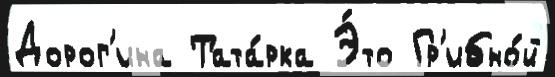
Дорог'ина Тата́рка Э́то Гр'ибно́й